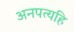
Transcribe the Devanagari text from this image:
अनपत्यहि